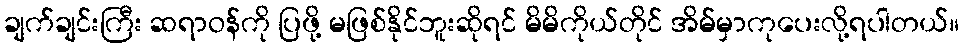
ချက်ချင်းကြီး ဆရာဝန်ကို ပြဖို့ မဖြစ်နိုင်ဘူးဆိုရင် မိမိကိုယ်တိုင် အိမ်မှာကုပေးလို့ရပါတယ်။